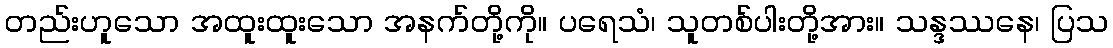
တည်းဟူသော အထူးထူးသော အနက်တို့ကို။ ပရေသံ၊ သူတစ်ပါးတို့အား။ သန္ဒဿနေ၊ ပြသ